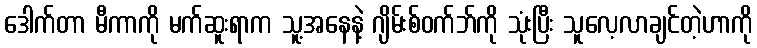
ဒေါက်တာ မီကာကို မက်ဆူးရာက သူ့အနေနဲ့ ဂျိမ်းစ်ဝက်ဘ်ကို သုံးပြီး သူလေ့လာချင်တဲ့ဟာကို